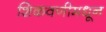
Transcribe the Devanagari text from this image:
शिकवणीमधून